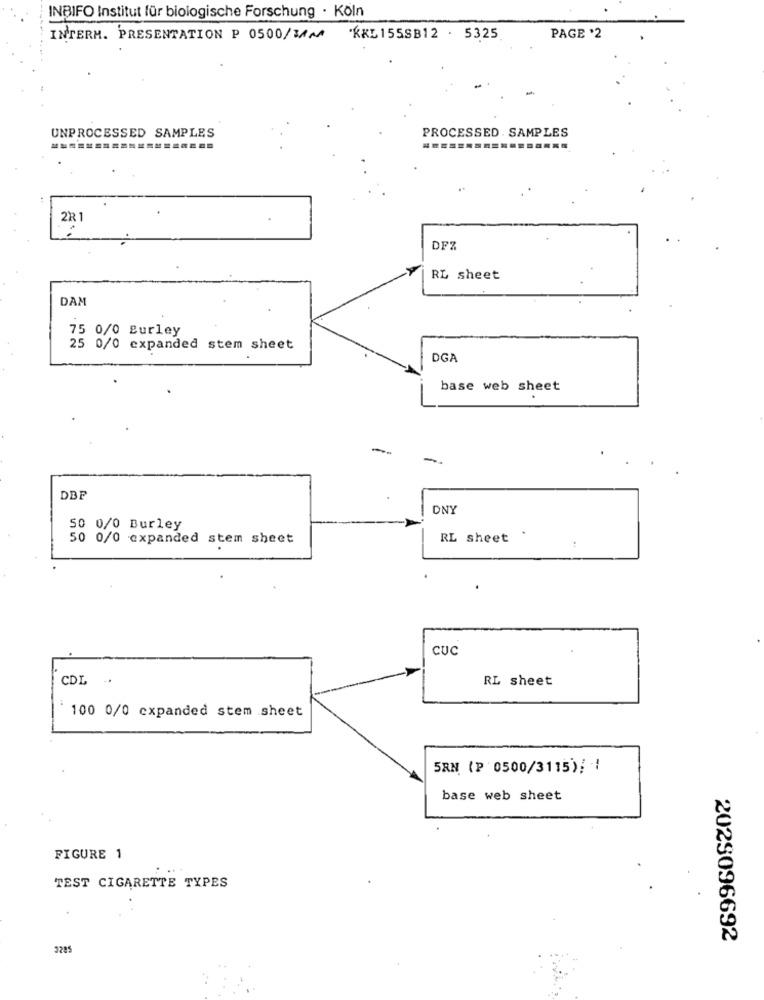
INBIFO Institut für biologische Forschung · Köln
INTERM. PRESENTATION P 0500/MM
*KKL155SB12 . 5325
PAGE '2
PROCESSED . SAMPLES
UNPROCESSED SAMPLES
221
DFZ
RL sheet
DAM
75 0/0 gurley
25 0/0 expanded stem sheet
DGA
base web sheet
-
-
DBP
DNY
50 0/0 Burley
50 0/0 expanded stem sheet
RL sheet .
.
.
CUC
CDL .
RL sheet
100 0/0 expanded stem sheet
5RN (P 0500/3115)! !
base web sheet
FIGURE 1
TEST CIGARETTE TYPES
2025096692
3285